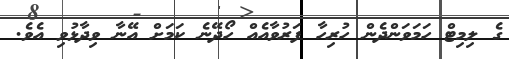
ގެ ލިމިޓް ހަމަވަންދެން ހުރިހާ ފަރުވާއެއް ހޯދޭނެ ކަމަށް އޭނާ ވިދާޅުވި އެވެ.